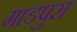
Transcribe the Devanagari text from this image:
माडपुरा